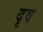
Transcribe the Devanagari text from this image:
दृव